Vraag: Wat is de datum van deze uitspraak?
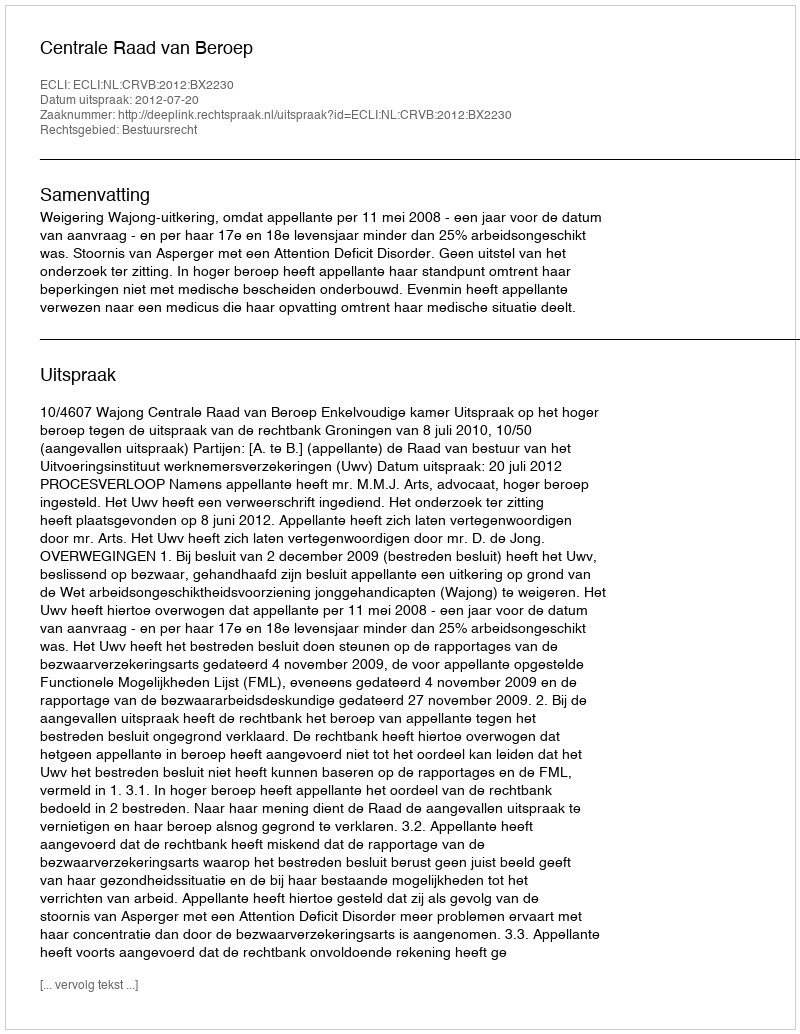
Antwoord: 2012-07-20